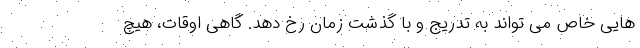
هایی خاص می تواند به تدریج و با گذشت زمان رخ دهد. گاهی اوقات، هیچ